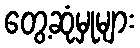
တွေ့ဆုံမှုများ